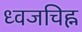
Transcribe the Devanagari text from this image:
ध्वजचिह्न